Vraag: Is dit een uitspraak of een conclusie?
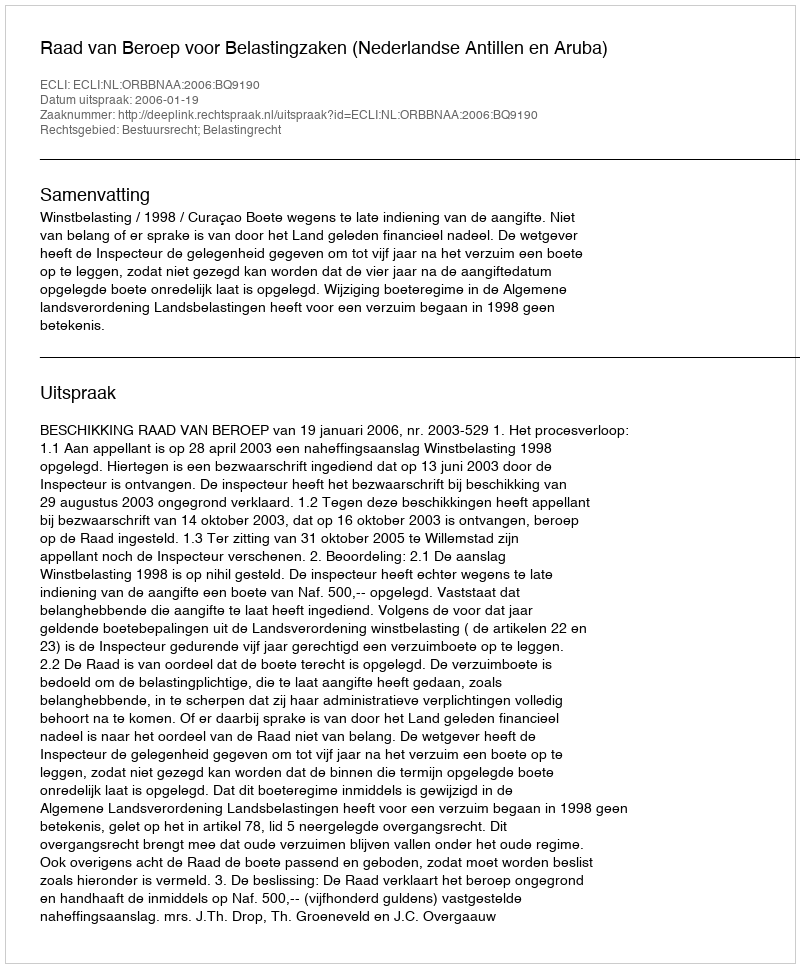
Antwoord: Uitspraak